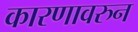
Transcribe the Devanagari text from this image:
कारणावरुन